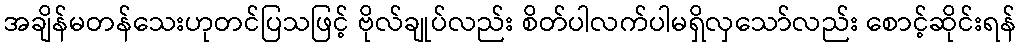
အချိန်မတန်သေးဟုတင်ပြသဖြင့် ဗိုလ်ချုပ်လည်း စိတ်ပါလက်ပါမရှိလှသော်လည်း စောင့်ဆိုင်းရန်